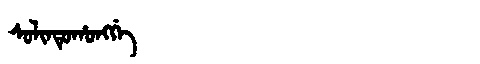
Manchu: ᠰᠣᠯᡳᠨᡩᡠᡥᠣᠩᡤᡝ
Romanization: SOLINDUHONGGE